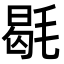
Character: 毼